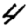
Digit: 4